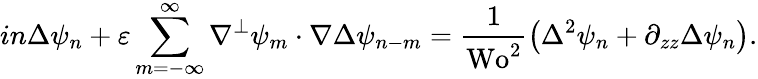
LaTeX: in\Delta\psi_{n}+\varepsilon\sum_{m=-\infty}^{\infty}\nabla^{\perp}\psi_{m}\cdot\nabla\Delta\psi_{n-m}=\frac{1}{\textrm{Wo}^{2}}\left(\Delta^{2}\psi_{n}+\partial_{zz}\Delta\psi_{n}\right).